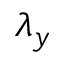
\lambda _ { y }